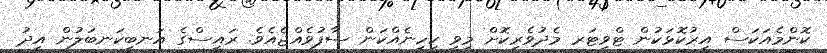
ކޮންމެއަކަސް އިރުކޮޅަކުން ޓްވިޓަރ މެދުވެރިކޮށް މިވީ ކިހިނެއްކަން ސާފުވެއްޖެއެވެ. ރައީސްގެ އަނބިކަނބަލުން އީދު